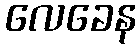
လေခေန